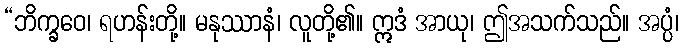
“ဘိက္ခဝေ၊ ရဟန်းတို့။ မနုဿာနံ၊ လူတို့၏။ ဣဒံ အာယု၊ ဤအသက်သည်။ အပ္ပံ၊